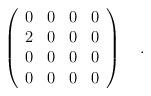
LaTeX: \begin{align*}\left( \begin{array}{cccc}{0} & {0} & {0} & {0} \\ 2 & 0 & 0 & 0 \\ 0 & 0 & 0 & 0 \\ 0 & 0 & 0 & 0\end{array}\right) \quad . \end{align*}